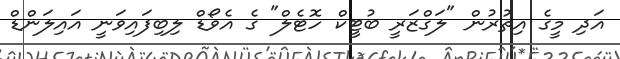
އަދި މީގެ އިތުރުން "ލަގްޒަރީ ބުޓީކް ހޮޓެލް" ގެ އެވޯޑް ލިބިފައިވަނީ އައިލަންޑް